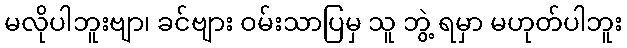
မလိုပါဘူးဗျာ၊ ခင်ဗျား ဝမ်းသာပြမှ သူ ဘွဲ့ ရမှာ မဟုတ်ပါဘူး